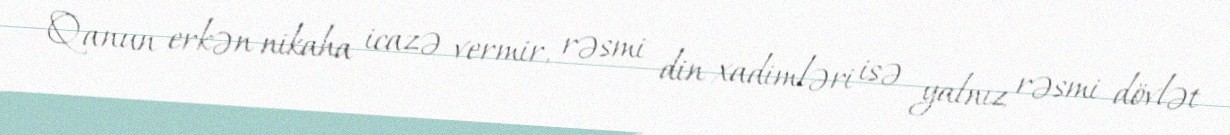
Qanun erkən nikaha icazə vermir, rəsmi din xadimləri isə yalnız rəsmi dövlət